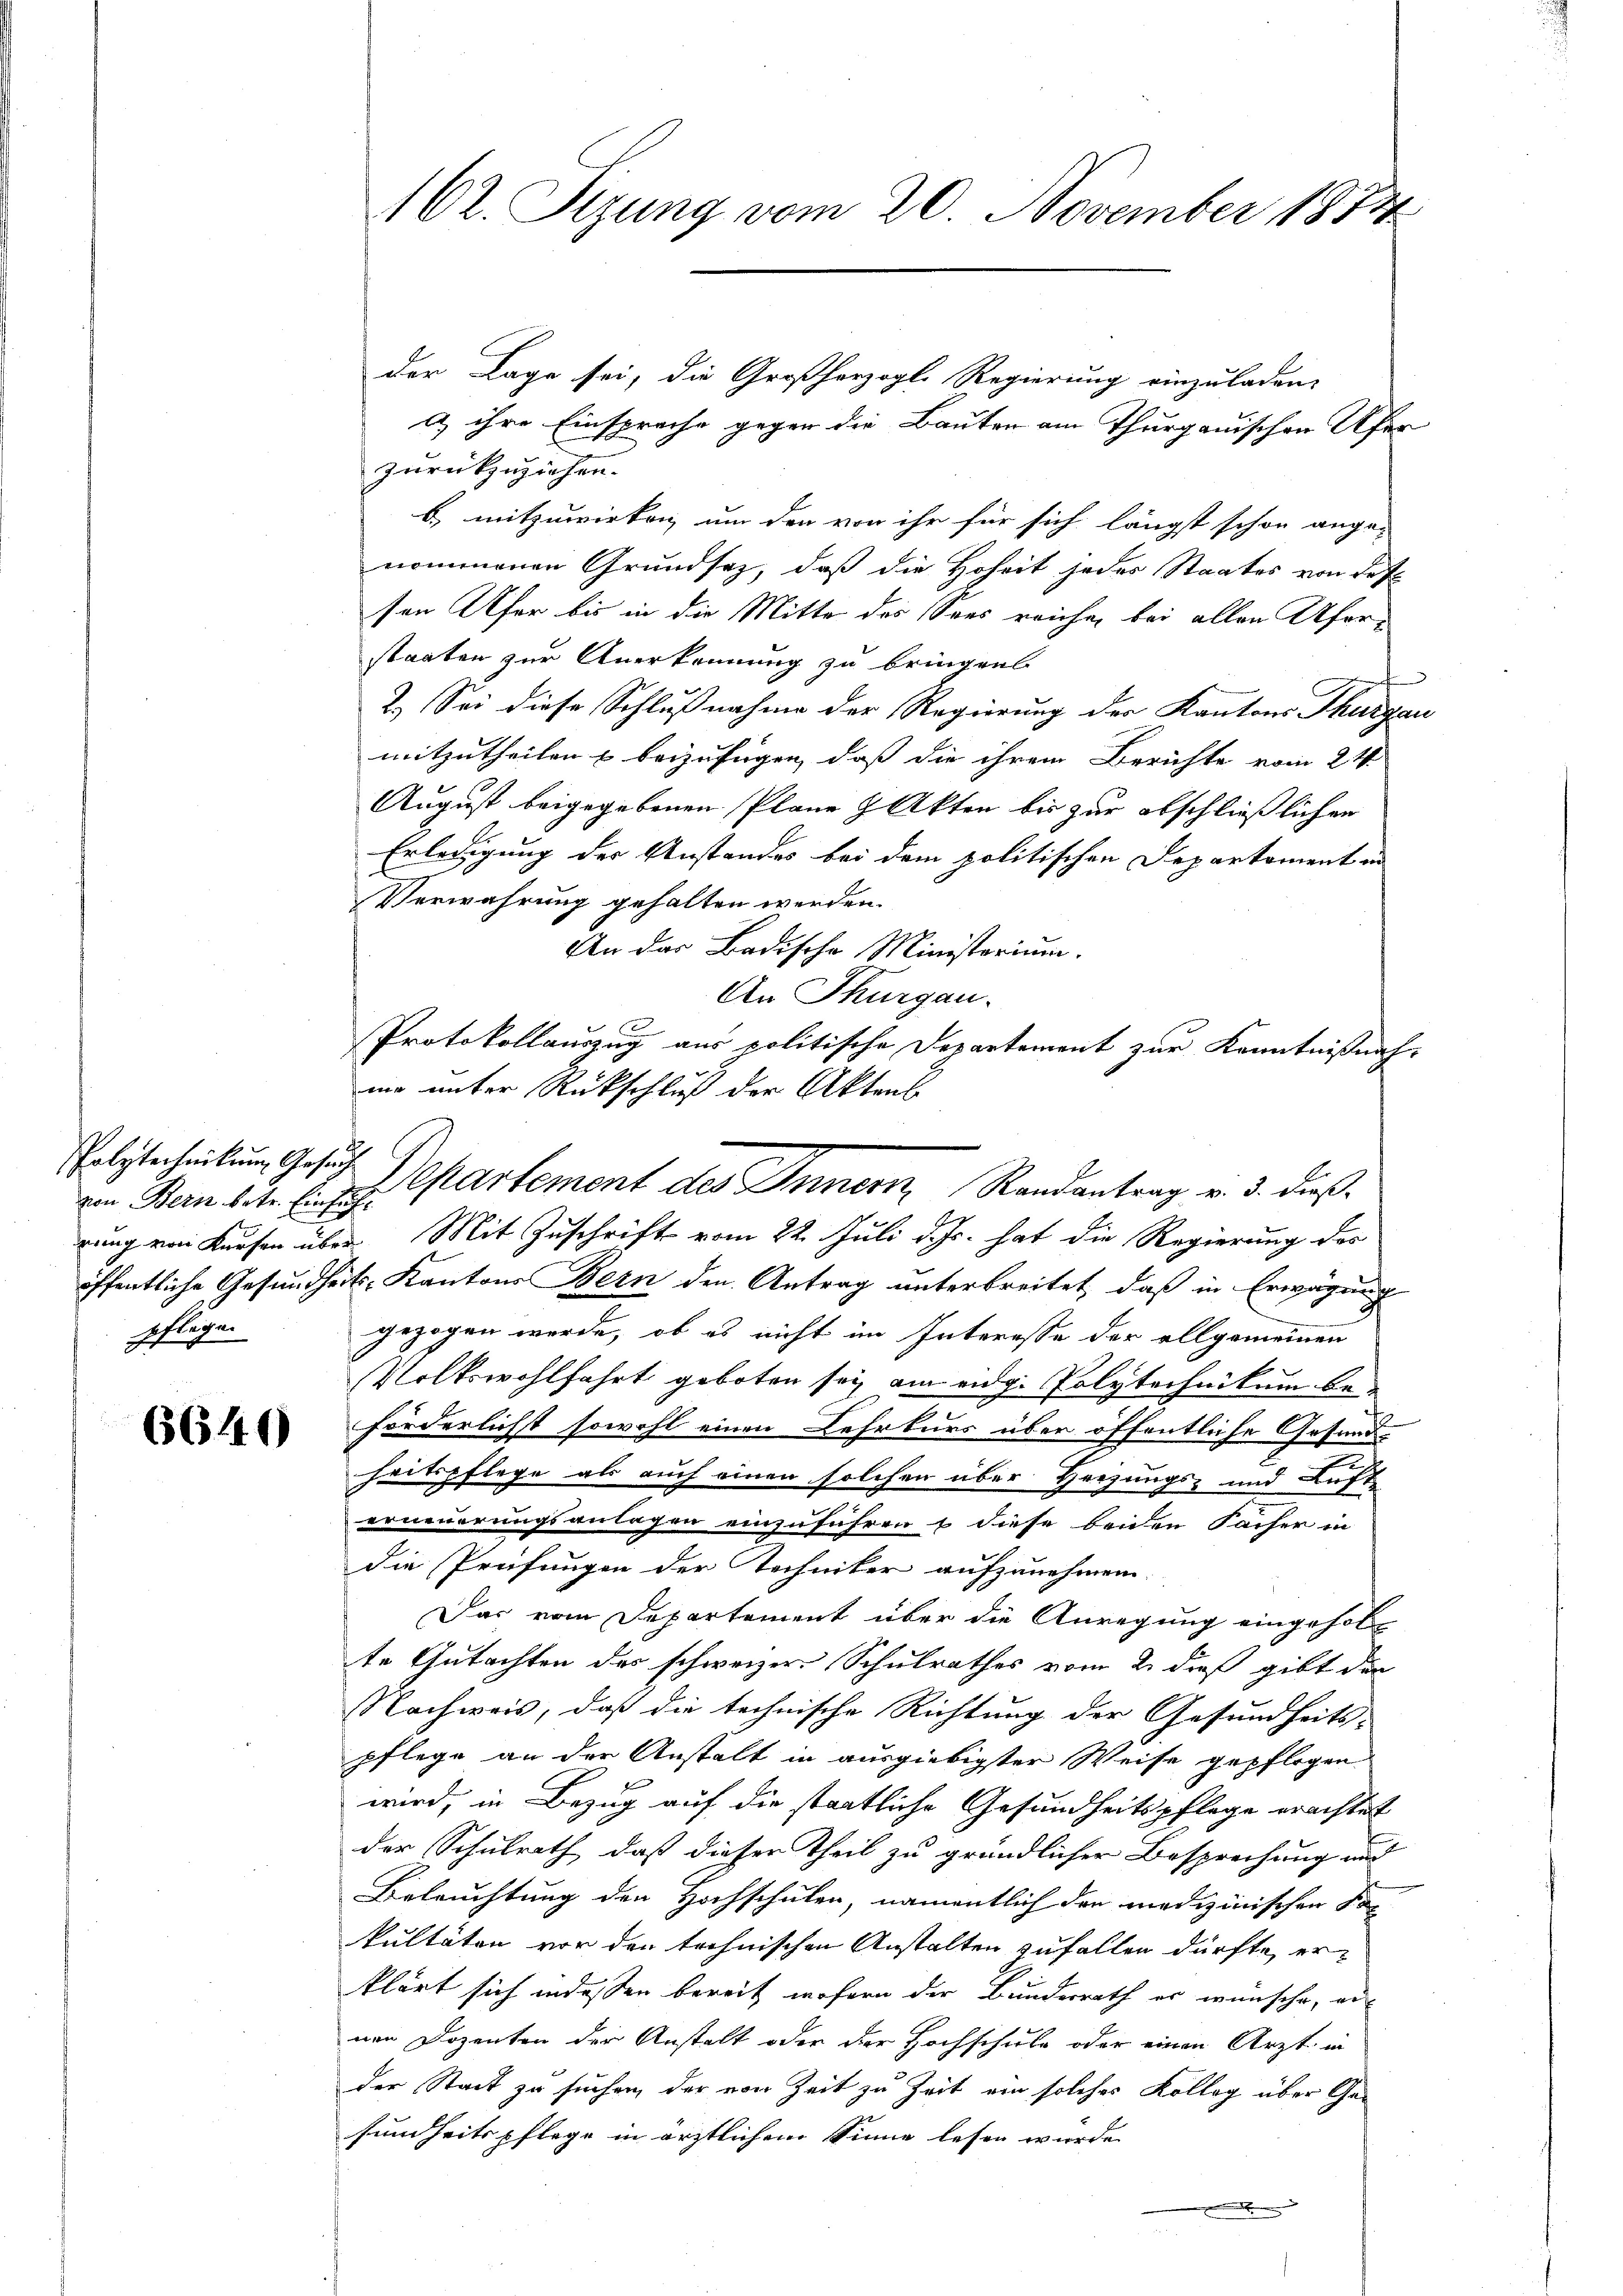
von Bern betr. Einfühpflegen

6640

der Lage sei, die Großherzogl. Regierung einzuladen,
a ihre Einsprache gegen die Bauten am Thurgauischen Ufer
zurückzuziehen.
b) mitzuwirken um den von ihr für sich längst schon ange-
nommenen Grundsaz, daß die Hoheit jedes Staates von des
sen Ufer bis in die Mitte des Sees reiche, bei allen Ufer-
staaten zur Anerkennung zu bringen.
t
2.) Sei diese Schlußnahme der Regierung der Kantons Thurgau
mitzutheilen & beizufügen, daß die ihrem Berichte vom 24.
e
August beigegebenen Pläne & Akten bis zur abschließlichen
Erledigung der Anstandes bei dem politischen Deparkoment an
Verwahrung gehalten werden.
An das Badische Ministerium.
mo unter Rückschluß der Aktens
rung von Kursen über. Mit Zuschrift vom 22. Juli d. Js. hat die Regierung des
öffentliche Gesundheits-Kantons Bern den Antrag unterbreitet, daß in Erwägung
gezogen werde, ob es nicht im Interesse der allgemeinen
Volkswohlfahrt geboten sei am eidg. Polytechnikum beförderlicht sowohl einen Lehrkurs über öffentliche Gesund-
s
heitspflege als auch einen solchen über Heizungs- und Auft
erneuerungsanlagen einzuführen & diese beiden Sacher in
die Prüfungen der Techniker aufzunehmen.
Das vom Departement über die Anregung eingeholte Gutachten des schweizer Schulrathes vom 2. dieß gibt der
Nachweis, daß die technische Richtung der Gesundheits-
pflege an der Anstalt in ausgiebigster Weise gepflogen
wird, in Bezug auf die staatliche Gesundheitspflege erachtet
der Schulrath, daß dieser Theil zu gründlicher Besprechung und
Beleuchtung den Hochschulen, namentlich den medizinischen Son
kultäten vor den technischen Anstalten zufallen dürfte, er
klärt sich indessen bereit, wofern der Bundesrath er wünsche, au
nen Dozenten der Anstalt oder der Hochschule oder einen Arzt in
der Stadt zu suchen, der von Zeit zu Zeit ein solches Kolleg über Gesundheitspflege in ärztlichem Sinne lesen wurde.
.

162. Sizung vom 20. November 1874

An Thurgau.
Protokollauszug aus politische Departement zur Kenntnißnah-
Polytecheilung Gesuch Departement des Innern, Randantrag v. 3. dieß¬